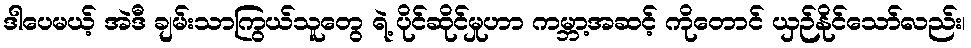
ဒါပေမယ့် အဲဒီ ချမ်းသာကြွယ်သူတွေ ရဲ့ ပိုင်ဆိုင်မှုဟာ ကမ္ဘာ့အဆင့် ကိုတောင် ယှဉ်နိုင်သော်လည်း၊